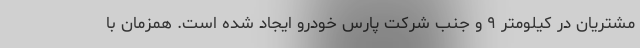
مشتریان در کیلومتر ۹ و جنب شرکت پارس خودرو ایجاد شده است. همزمان با